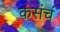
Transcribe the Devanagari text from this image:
कसंचं